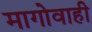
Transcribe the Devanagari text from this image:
मागोवाही